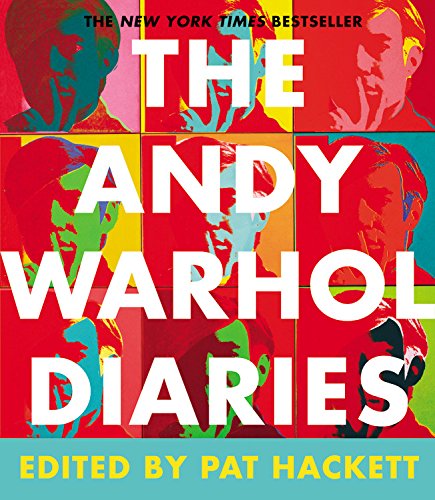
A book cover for The Andy Warhol Diaries; Andy Warhol; Arts & Photography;